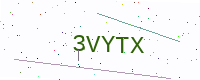
Text: 3VYTX